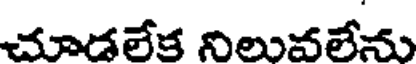
చూడలేక నిలువలేను